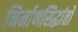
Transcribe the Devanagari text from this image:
निर्माणसिद्धांतों